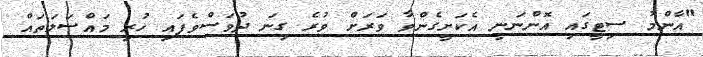
"އާންމު ސިޓީގައި އޮންނަނީ އެކަށީގެންވާ ވަރަށް ވުރެ ގިނަ ދުވަސްވެފައި ހުރި މައްސަލަތައް